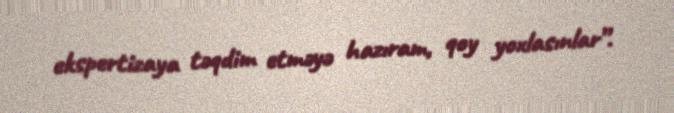
ekspertizaya təqdim etməyə hazıram, qoy yoxlasınlar”.